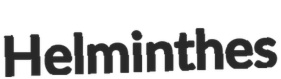
Helminthes